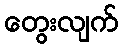
တွေးလျက်